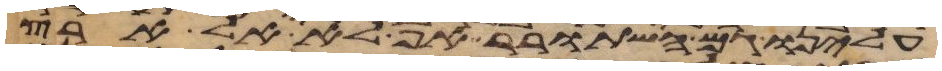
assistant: עלינו גם השתרר אף לא אל ארץ